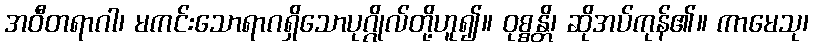
အဝီတရာဂါ၊ မကင်းသောရာဂရှိသောပုဂ္ဂိုလ်တို့ဟူ၍။ ဝုစ္စန္တိ၊ ဆိုအပ်ကုန်၏။ ကာမေသု၊